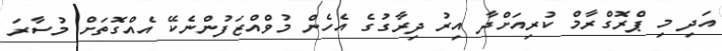
އަދި މި ޕްރޮގްރާމް ކުރިއަށްދާ އިރު ދިރާގުގެ އެހެން މުވްއްޒަފުންނެކޭ އެއްގޮތަށް މުސާރަ